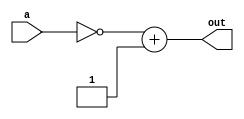
`timescale 1ns / 1ps
//////////////////////////////////////////////////////////////////////////////////
// Company: 
// Engineer: 
// 
// Design Name: 
// Module Name: comlement2_combinational
// Project Name: 
// Target Devices: 
// Tool Versions: 
// Description: 
// 
// Dependencies: 
// 
// Revision:
// Revision 0.01 - File Created
// Additional Comments:
// 
//////////////////////////////////////////////////////////////////////////////////


module complement2_combinational #(parameter WIDTH=63) (
    input [WIDTH:0] a,
    output reg [WIDTH:0] out
    //output [WIDTH:0] out
    );
    
    reg [WIDTH:0] out_w1;
    
    always @ *
        begin
        out_w1 = ~a;
        out = out_w1+64'd1;
        end

endmodule